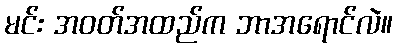
မင်း အဝတ်အထည်က ဘာအရောင်လဲ။